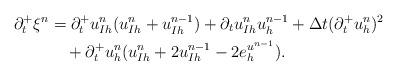
LaTeX: \begin{align*}\partial_t^+\xi^n&=\partial_t^+u_{Ih}^n(u_{Ih}^n+u_{Ih}^{n-1})+\partial_tu_{Ih}^nu_h^{n-1}+\Delta t (\partial_t^+u_h^n)^2\\&\quad+\partial_t^+u_h^n(u_{Ih}^n+2u_{Ih}^{n-1}-2e_h^{u^{n-1}}).\end{align*}